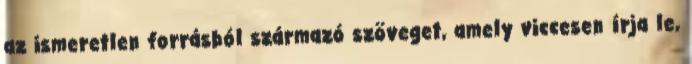
az ismeretlen forrásból származó szöveget, amely viccesen írja le,